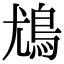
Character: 𩾵